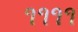
૧૧૧૧